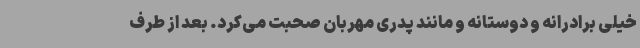
خیلی برادرانه و دوستانه و مانند پدری مهربان صحبت می‌کرد. بعد از طرف